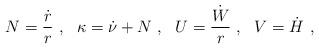
LaTeX: \begin{align*}N={\dot r\over r}\ , \ \ \kappa=\dot \nu + N \ , \ \ U={\dot W\over r}\ , \ \ V=\dot H \ ,\end{align*}